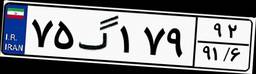
۷۵گ۱۷۹۹۲